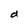
Character: d